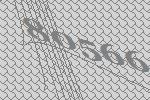
80566